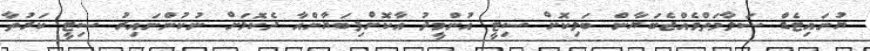
ޔުނައިޓެޑް ސަލާމަތްވެއްޖެބަޔާން ބަލިކޮށް ސިޓީ އުންމީދު އާކޮށްފިބަޔާންއާ ދެކޮޅަށް ނުކުންނައިރު ސިޓީ ކަރުތާ